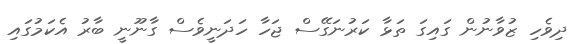
ދިވެހި ޒުވާނުން ގައިގަ ތަޅާ ކަރުނަގޭސް ޖަހާ ހަދަނީވެސް ގާނޫނީ ބާރު އެކަމުގައި